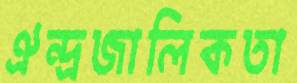
ঐন্দ্রজালিকতা